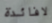
لافائدة